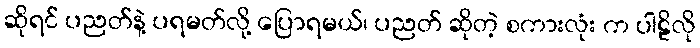
ဆိုရင် ပညတ်နဲ့ ပရမတ်လို့ ပြောရမယ်၊ ပညတ် ဆိုတဲ့ စကားလုံး က ပါဠိလို